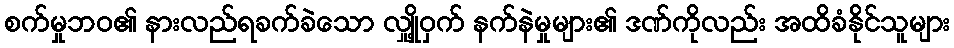
စက်မှုဘဝ၏ နားလည်ရခက်ခဲသော လျှို့ဝှက် နက်နဲမှုများ၏ ဒဏ်ကိုလည်း အထိခံနိုင်သူများ